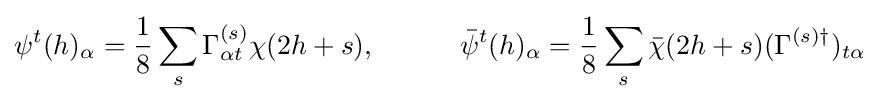
\psi ^{t}(h)_{\alpha }={\frac {1}{8}}\sum _{s}\Gamma _{\alpha t}^{(s)}\chi (2h+s),\ \ \ \ \ \ \ \ \ {\bar {\psi }}^{t}(h)_{\alpha }={\frac {1}{8}}\sum _{s}{\bar {\chi }}(2h+s)(\Gamma ^{(s)\dagger })_{t\alpha }